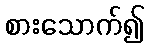
စားသောက်၍